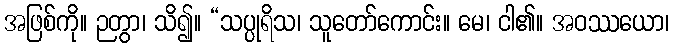
အဖြစ်ကို။ ဉတွာ၊ သိ၍။ “သပ္ပုရိသ၊ သူတော်ကောင်း။ မေ၊ ငါ၏။ အဝဿယော၊